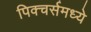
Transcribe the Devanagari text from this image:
पिक्चर्समध्ये